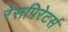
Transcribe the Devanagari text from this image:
रेसपिरेटर्स